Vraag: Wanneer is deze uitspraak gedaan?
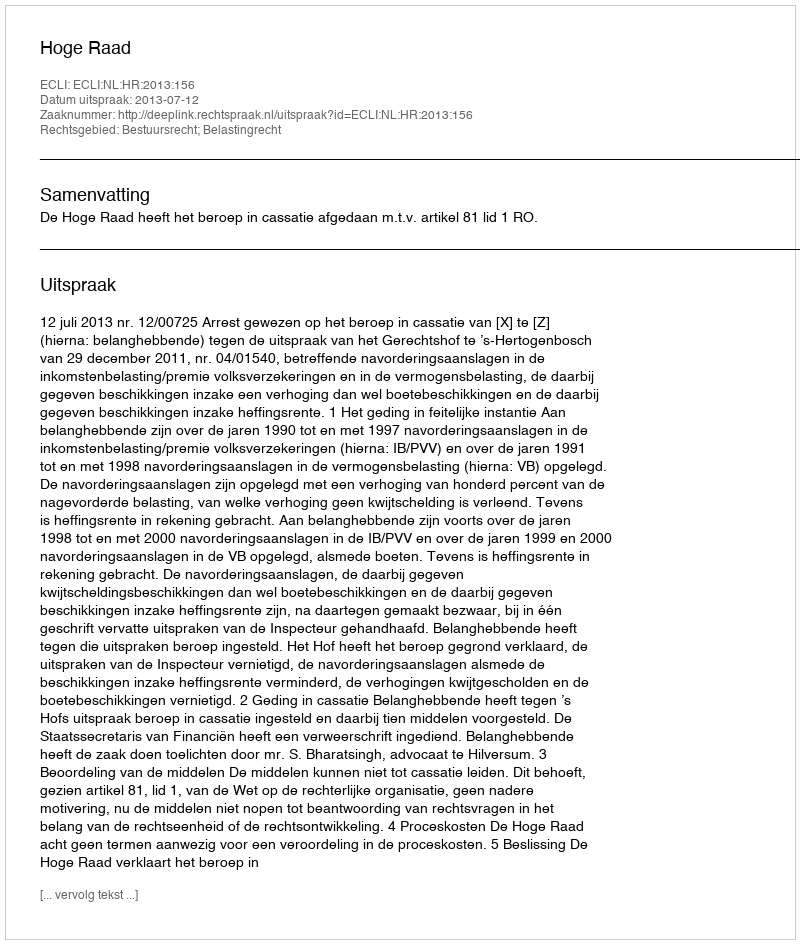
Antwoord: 2013-07-12